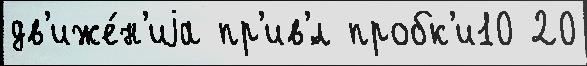
дв'иже́н'иjа пр'ив'́л пробк'и10 20